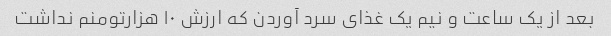
بعد از یک ساعت و نیم یک غذای سرد آوردن که ارزش ۱۰ هزارتومنم نداشت